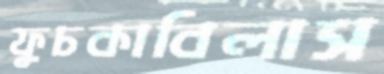
ফুচকাবিলাস